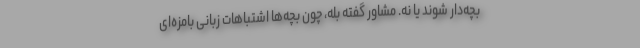
بچه‌دار شوند یا نه. مشاور گفته بله، چون بچه‌ها اشتباهات زبانی بامزه‌ای